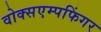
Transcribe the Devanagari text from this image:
वोक्सएम्पफिंगर